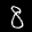
Label: 8